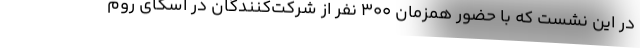
در این نشست که با حضور همزمان 300 نفر از شرکت‌کنندگان در اسکای روم